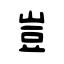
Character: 豈